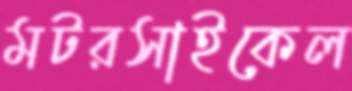
মটরসাইকেল